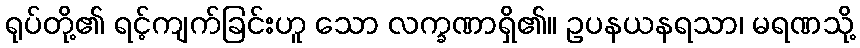
ရုပ်တို့၏ ရင့်ကျက်ခြင်းဟူ သော လက္ခဏာရှိ၏။ ဥပနယနရသာ၊ မရဏသို့